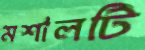
মশালটি